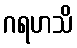
ဂရဟသိ